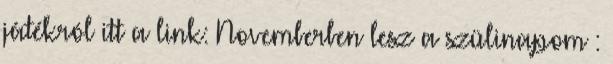
játékról itt a link: Novemberben lesz a szülinapom :